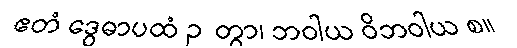
ဧတံ ဒွေဓာပထံ ဉတွာ၊ ဘဝါယ ဝိဘဝါယ စ။